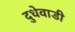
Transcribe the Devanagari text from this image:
दुधेवाडी